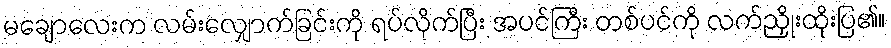
မချောလေးက လမ်းလျှောက်ခြင်းကို ရပ်လိုက်ပြီး အပင်ကြီး တစ်ပင်ကို လက်ညှိုးထိုးပြ၏။